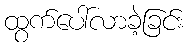
ထွက်ပေါ်လာခဲ့ခြင်း